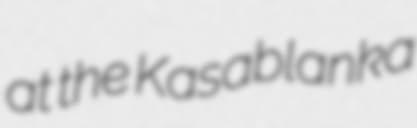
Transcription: at the Kasablanka